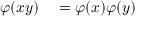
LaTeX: \begin{array} { r l } { \varphi ( x y ) } & { { } = \varphi ( x ) \varphi ( y ) } \end{array}